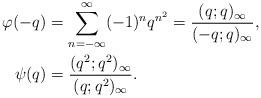
LaTeX: \begin{align*}\varphi(-q) &= \sum_{n=-\infty}^\infty(-1)^n q^{n^2} = \frac{(q;q)_\infty}{(-q;q)_\infty},\\\psi(q) &= \frac{(q^2;q^2)_\infty}{(q;q^2)_\infty}.\end{align*}